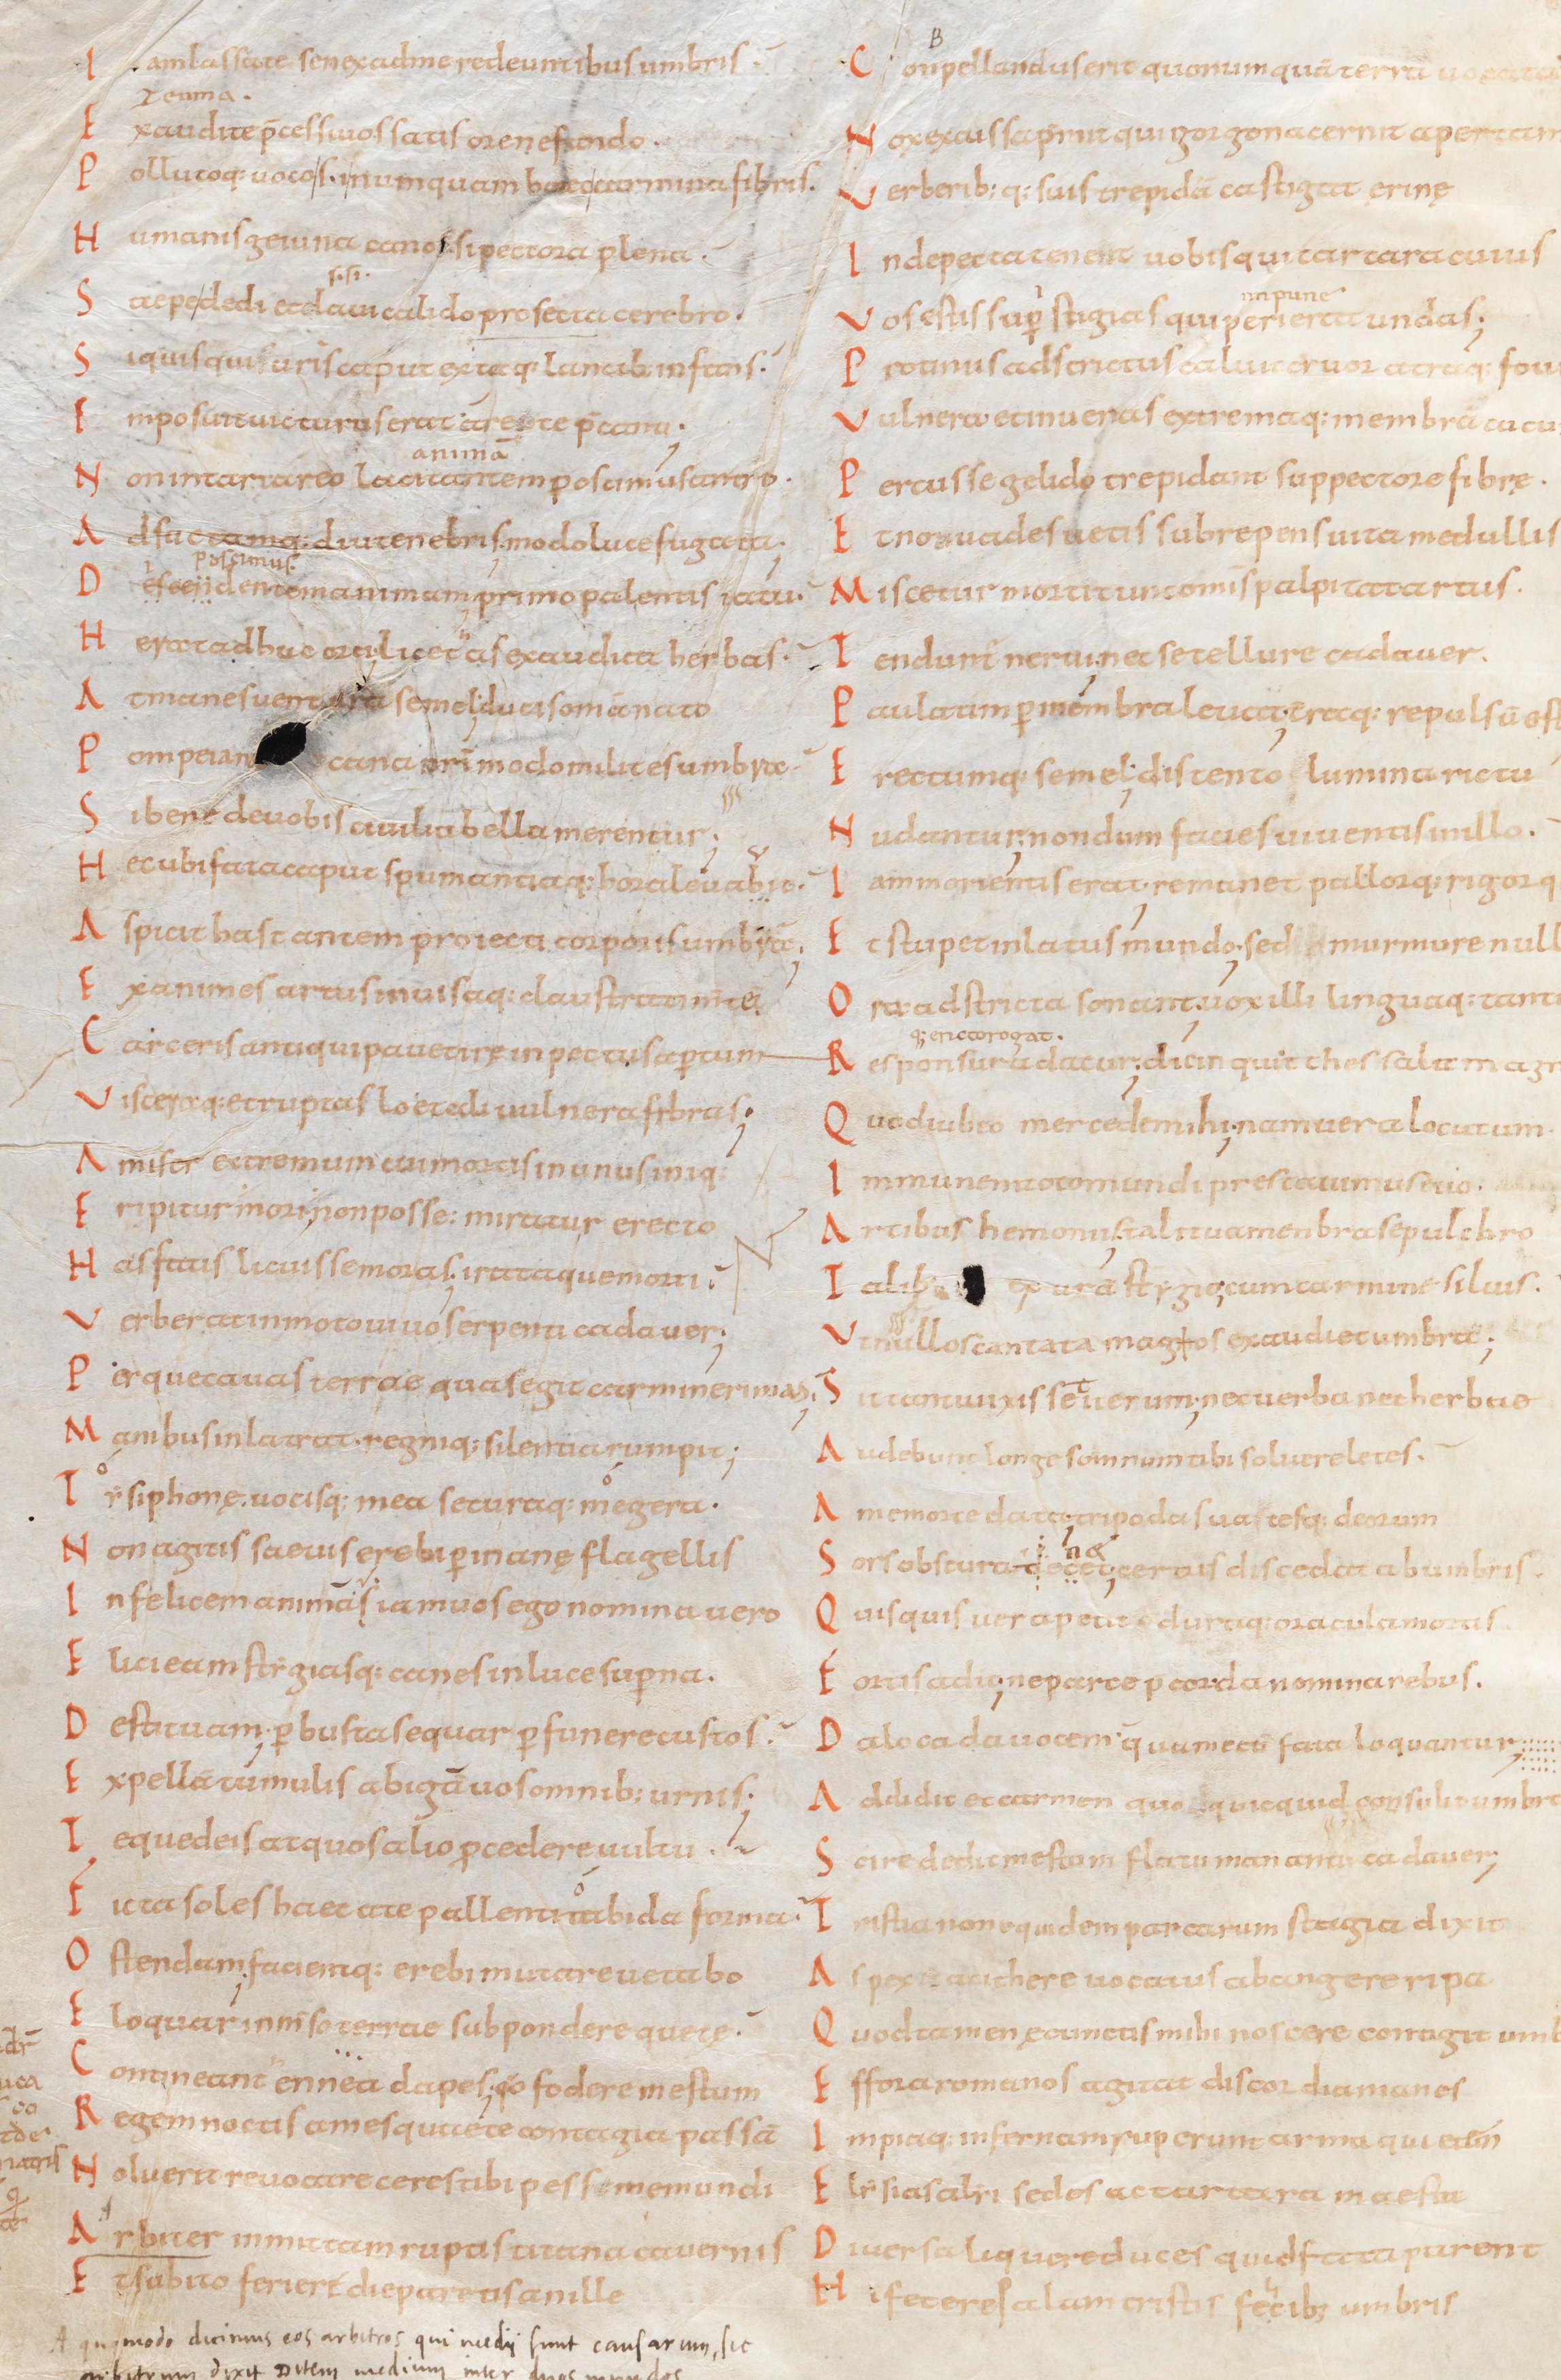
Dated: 834–1899